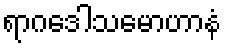
ရာဂဒေါသမောဟာနံ